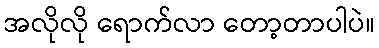
အလိုလို ရောက်လာ တော့တာပါပဲ။